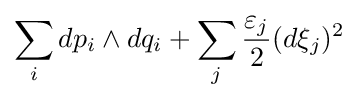
\sum _{i}dp_{i}\wedge dq_{i}+\sum _{j}{\frac {\varepsilon _{j}}{2}}(d\xi _{j})^{2}